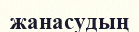
жанасудың